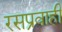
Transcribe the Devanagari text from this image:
रसप्रवाही